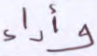
وأداء